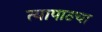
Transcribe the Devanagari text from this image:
त्यापाठचा